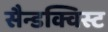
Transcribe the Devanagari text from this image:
सैन्डक्विस्ट